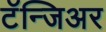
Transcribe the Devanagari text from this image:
टॅन्जिअर